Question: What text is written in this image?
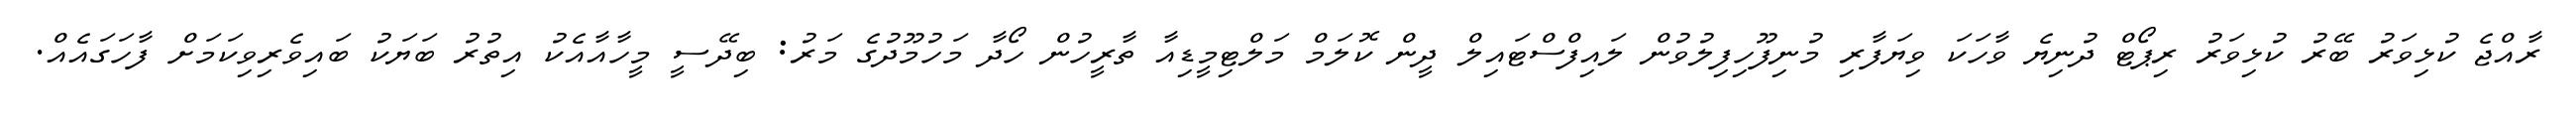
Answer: ރާއްޖެ ކުޅިވަރު ބޭރު ކުޅިވަރު ރިޕޯޓް ދުނިޔެ ވާހަކަ ވިޔަފާރި މުނިފޫހިފިލުވުން ލައިފްސްޓައިލް ދީން ކޮލަމް މަލްޓިމީޑިއާ ތާރީހުން ހޯދާ މަހުމޫދުގެ މަރު: ބިދޭސީ މީހާއާއެކު އިތުރު ބަޔަކު ބައިވެރިވިކަމަށް ފާހަގައެއް.